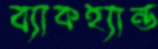
ব্যাকহ্যান্ড